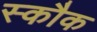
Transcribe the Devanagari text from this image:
स्कौक